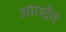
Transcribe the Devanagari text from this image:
आंगदेव